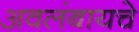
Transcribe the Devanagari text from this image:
अवलंबायचे